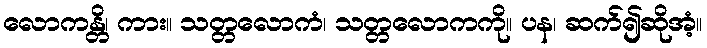
လောကန္တိ၊ ကား။ သတ္တလောကံ၊ သတ္တလောကကို။ ပန၊ ဆက်၍ဆိုအံ့။